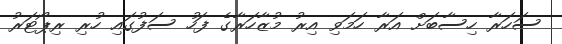
ސަހަރާ ހިސާބަށް އަރާ ހަމަވި އިރު މުޒާހަރާގެ ފަހު ސަފުގައި ހުރި ރިޕޯޓަރު